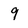
Character: 9